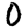
Digit: 0